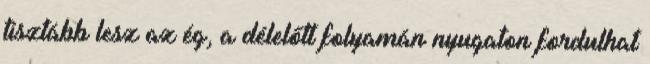
tisztább lesz az ég, a délelőtt folyamán nyugaton fordulhat